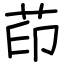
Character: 茚